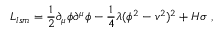
{ \cal L } _ { l s m } = \frac { 1 } { 2 } \partial _ { \mu } \phi \partial ^ { \mu } \phi - \frac { 1 } { 4 } \lambda ( \phi ^ { 2 } - v ^ { 2 } ) ^ { 2 } + H \sigma \ ,